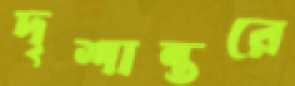
দৃশান্তরে